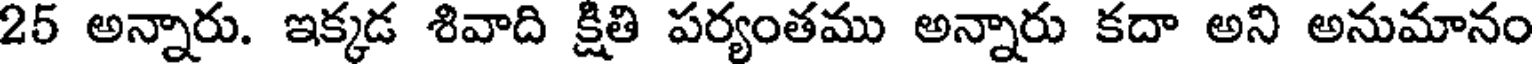
25 అన్నారు. ఇక్కడ శివాది క్షితి పర్యంతము అన్నారు కదా అని అనుమానం